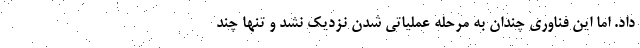
داد. اما این فناوری چندان به مرحله عملیاتی شدن نزدیک نشد و تنها چند